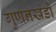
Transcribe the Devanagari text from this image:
गुणनखंडो